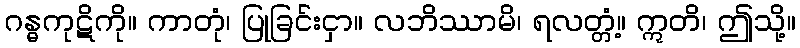
ဂန္ဓကုဋိကို။ ကာတုံ၊ ပြုခြင်းငှာ။ လဘိဿာမိ၊ ရလတ္တံ့။ ဣတိ၊ ဤသို့။